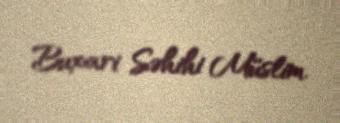
Buxari Səhihi Müslim.